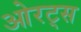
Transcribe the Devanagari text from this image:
ओरट्स